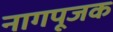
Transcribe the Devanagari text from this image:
नागपूजक